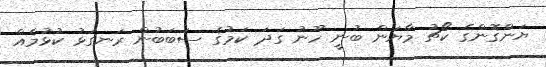
ޔަންގޮންގެ ކޯޗު މާޔަން ބުނީ ހޫނު ގަދަ ކަމުގެ ސަބަބުން ރަނގަޅު ކުޅުމެއް